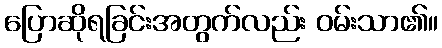
ပြောဆိုရခြင်းအတွက်လည်း ဝမ်းသာ၏။